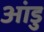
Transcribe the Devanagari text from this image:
आंडु